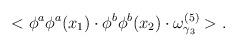
LaTeX: \begin{align*}<\phi^a\phi^a(x_1)\cdot \phi^b\phi^b(x_2)\cdot\omega^{(5)}_{\gamma_3}>.\end{align*}